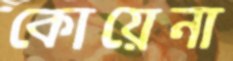
কোয়েনা